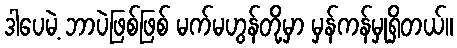
ဒါပေမဲ့ ဘာပဲဖြစ်ဖြစ် မက်မဟွန်တို့မှာ မှန်ကန်မှုရှိတယ်။